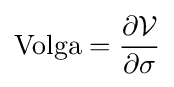
{\textrm {Volga}}={\frac {\partial {\mathcal {V}}}{\partial \sigma }}